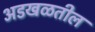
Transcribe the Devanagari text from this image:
अडखळतील